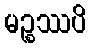
မဉ္စဿပိ